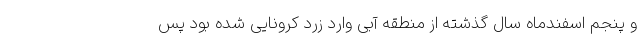
و پنجم اسفندماه سال گذشته از منطقه آبی وارد زرد کرونایی شده ‌بود پس